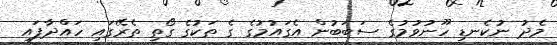
މެދު ނުކެނޑި ހޫނުވުމުގެ ސަބަބުން އެގައުމުގެ ގެ ތަކުގެ ގޯތި ތެރޭގައި ހައްދާފައި